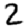
Digit: 2